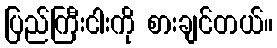
ပြည်ကြီးငါးကို စားချင်တယ်။